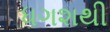
ધગશથી